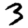
Digit: 3